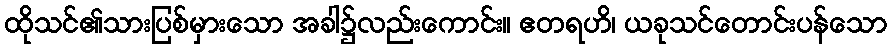
ထိုသင်၏သားပြစ်မှားသော အခါ၌လည်းကောင်း။ ဧတရဟိ၊ ယခုသင်တောင်းပန်သော